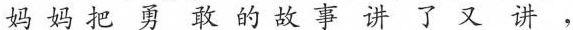
妈 妈 把 勇 敢 的 故 事 讲 了 又 讲，